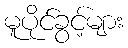
မူပိုင်ခွင့်များ